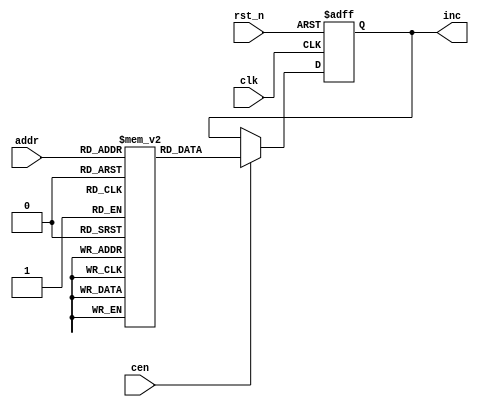
/* This file is part of JT12.

 
    JT12 program is free software: you can redistribute it and/or modify
    it under the terms of the GNU General Public License as published by
    the Free Software Foundation, either version 3 of the License, or
    (at your option) any later version.

    JT12 program is distributed in the hope that it will be useful,
    but WITHOUT ANY WARRANTY; without even the implied warranty of
    MERCHANTABILITY or FITNESS FOR A PARTICULAR PURPOSE.  See the
    GNU General Public License for more details.

    You should have received a copy of the GNU General Public License
    along with JT12.  If not, see <http://www.gnu.org/licenses/>.

    Author: Jose Tejada Gomez. Twitter: @topapate
    Version: 1.0
    Date: 21-03-2019
*/

//altera message_off 10030

// ADPCM-A uses a LUT because it is very sensitive to rounding
// it looks like the original algorithm also used a table

module jt10_adpcma_lut(
    input              clk,        // CPU clock
    input              rst_n,
    input              cen,
    input      [8:0]   addr,       //  = {step,delta};
    output reg [11:0]  inc
);

reg [11:0] lut[0:391];

initial begin
lut[9'o00_0] = 12'o0002; lut[9'o00_1] = 12'o0006; lut[9'o00_2] = 12'o0012; lut[9'o00_3] = 12'o0016; 
lut[9'o00_4] = 12'o0022; lut[9'o00_5] = 12'o0026; lut[9'o00_6] = 12'o0032; lut[9'o00_7] = 12'o0036; 
lut[9'o01_0] = 12'o0002; lut[9'o01_1] = 12'o0006; lut[9'o01_2] = 12'o0012; lut[9'o01_3] = 12'o0016; 
lut[9'o01_4] = 12'o0023; lut[9'o01_5] = 12'o0027; lut[9'o01_6] = 12'o0033; lut[9'o01_7] = 12'o0037; 
lut[9'o02_0] = 12'o0002; lut[9'o02_1] = 12'o0007; lut[9'o02_2] = 12'o0013; lut[9'o02_3] = 12'o0020; 
lut[9'o02_4] = 12'o0025; lut[9'o02_5] = 12'o0032; lut[9'o02_6] = 12'o0036; lut[9'o02_7] = 12'o0043; 
lut[9'o03_0] = 12'o0002; lut[9'o03_1] = 12'o0007; lut[9'o03_2] = 12'o0015; lut[9'o03_3] = 12'o0022; 
lut[9'o03_4] = 12'o0027; lut[9'o03_5] = 12'o0034; lut[9'o03_6] = 12'o0042; lut[9'o03_7] = 12'o0047; 
lut[9'o04_0] = 12'o0002; lut[9'o04_1] = 12'o0010; lut[9'o04_2] = 12'o0016; lut[9'o04_3] = 12'o0024; 
lut[9'o04_4] = 12'o0031; lut[9'o04_5] = 12'o0037; lut[9'o04_6] = 12'o0045; lut[9'o04_7] = 12'o0053; 
lut[9'o05_0] = 12'o0003; lut[9'o05_1] = 12'o0011; lut[9'o05_2] = 12'o0017; lut[9'o05_3] = 12'o0025; 
lut[9'o05_4] = 12'o0034; lut[9'o05_5] = 12'o0042; lut[9'o05_6] = 12'o0050; lut[9'o05_7] = 12'o0056; 
lut[9'o06_0] = 12'o0003; lut[9'o06_1] = 12'o0012; lut[9'o06_2] = 12'o0021; lut[9'o06_3] = 12'o0030; 
lut[9'o06_4] = 12'o0037; lut[9'o06_5] = 12'o0046; lut[9'o06_6] = 12'o0055; lut[9'o06_7] = 12'o0064; 
lut[9'o07_0] = 12'o0003; lut[9'o07_1] = 12'o0013; lut[9'o07_2] = 12'o0023; lut[9'o07_3] = 12'o0033; 
lut[9'o07_4] = 12'o0042; lut[9'o07_5] = 12'o0052; lut[9'o07_6] = 12'o0062; lut[9'o07_7] = 12'o0072; 
lut[9'o10_0] = 12'o0004; lut[9'o10_1] = 12'o0014; lut[9'o10_2] = 12'o0025; lut[9'o10_3] = 12'o0035; 
lut[9'o10_4] = 12'o0046; lut[9'o10_5] = 12'o0056; lut[9'o10_6] = 12'o0067; lut[9'o10_7] = 12'o0077; 
lut[9'o11_0] = 12'o0004; lut[9'o11_1] = 12'o0015; lut[9'o11_2] = 12'o0027; lut[9'o11_3] = 12'o0040; 
lut[9'o11_4] = 12'o0051; lut[9'o11_5] = 12'o0062; lut[9'o11_6] = 12'o0074; lut[9'o11_7] = 12'o0105; 
lut[9'o12_0] = 12'o0005; lut[9'o12_1] = 12'o0017; lut[9'o12_2] = 12'o0031; lut[9'o12_3] = 12'o0043; 
lut[9'o12_4] = 12'o0056; lut[9'o12_5] = 12'o0070; lut[9'o12_6] = 12'o0102; lut[9'o12_7] = 12'o0114; 
lut[9'o13_0] = 12'o0005; lut[9'o13_1] = 12'o0020; lut[9'o13_2] = 12'o0034; lut[9'o13_3] = 12'o0047; 
lut[9'o13_4] = 12'o0062; lut[9'o13_5] = 12'o0075; lut[9'o13_6] = 12'o0111; lut[9'o13_7] = 12'o0124; 
lut[9'o14_0] = 12'o0006; lut[9'o14_1] = 12'o0022; lut[9'o14_2] = 12'o0037; lut[9'o14_3] = 12'o0053; 
lut[9'o14_4] = 12'o0070; lut[9'o14_5] = 12'o0104; lut[9'o14_6] = 12'o0121; lut[9'o14_7] = 12'o0135; 
lut[9'o15_0] = 12'o0006; lut[9'o15_1] = 12'o0024; lut[9'o15_2] = 12'o0042; lut[9'o15_3] = 12'o0060; 
lut[9'o15_4] = 12'o0075; lut[9'o15_5] = 12'o0113; lut[9'o15_6] = 12'o0131; lut[9'o15_7] = 12'o0147; 
lut[9'o16_0] = 12'o0007; lut[9'o16_1] = 12'o0026; lut[9'o16_2] = 12'o0045; lut[9'o16_3] = 12'o0064; 
lut[9'o16_4] = 12'o0103; lut[9'o16_5] = 12'o0122; lut[9'o16_6] = 12'o0141; lut[9'o16_7] = 12'o0160; 
lut[9'o17_0] = 12'o0010; lut[9'o17_1] = 12'o0030; lut[9'o17_2] = 12'o0051; lut[9'o17_3] = 12'o0071; 
lut[9'o17_4] = 12'o0112; lut[9'o17_5] = 12'o0132; lut[9'o17_6] = 12'o0153; lut[9'o17_7] = 12'o0173; 
lut[9'o20_0] = 12'o0011; lut[9'o20_1] = 12'o0033; lut[9'o20_2] = 12'o0055; lut[9'o20_3] = 12'o0077; 
lut[9'o20_4] = 12'o0122; lut[9'o20_5] = 12'o0144; lut[9'o20_6] = 12'o0166; lut[9'o20_7] = 12'o0210; 
lut[9'o21_0] = 12'o0012; lut[9'o21_1] = 12'o0036; lut[9'o21_2] = 12'o0062; lut[9'o21_3] = 12'o0106; 
lut[9'o21_4] = 12'o0132; lut[9'o21_5] = 12'o0156; lut[9'o21_6] = 12'o0202; lut[9'o21_7] = 12'o0226; 
lut[9'o22_0] = 12'o0013; lut[9'o22_1] = 12'o0041; lut[9'o22_2] = 12'o0067; lut[9'o22_3] = 12'o0115; 
lut[9'o22_4] = 12'o0143; lut[9'o22_5] = 12'o0171; lut[9'o22_6] = 12'o0217; lut[9'o22_7] = 12'o0245; 
lut[9'o23_0] = 12'o0014; lut[9'o23_1] = 12'o0044; lut[9'o23_2] = 12'o0074; lut[9'o23_3] = 12'o0124; 
lut[9'o23_4] = 12'o0155; lut[9'o23_5] = 12'o0205; lut[9'o23_6] = 12'o0235; lut[9'o23_7] = 12'o0265; 
lut[9'o24_0] = 12'o0015; lut[9'o24_1] = 12'o0050; lut[9'o24_2] = 12'o0102; lut[9'o24_3] = 12'o0135; 
lut[9'o24_4] = 12'o0170; lut[9'o24_5] = 12'o0223; lut[9'o24_6] = 12'o0255; lut[9'o24_7] = 12'o0310; 
lut[9'o25_0] = 12'o0016; lut[9'o25_1] = 12'o0054; lut[9'o25_2] = 12'o0111; lut[9'o25_3] = 12'o0147; 
lut[9'o25_4] = 12'o0204; lut[9'o25_5] = 12'o0242; lut[9'o25_6] = 12'o0277; lut[9'o25_7] = 12'o0335; 
lut[9'o26_0] = 12'o0020; lut[9'o26_1] = 12'o0060; lut[9'o26_2] = 12'o0121; lut[9'o26_3] = 12'o0161; 
lut[9'o26_4] = 12'o0222; lut[9'o26_5] = 12'o0262; lut[9'o26_6] = 12'o0323; lut[9'o26_7] = 12'o0363; 
lut[9'o27_0] = 12'o0021; lut[9'o27_1] = 12'o0065; lut[9'o27_2] = 12'o0131; lut[9'o27_3] = 12'o0175; 
lut[9'o27_4] = 12'o0240; lut[9'o27_5] = 12'o0304; lut[9'o27_6] = 12'o0350; lut[9'o27_7] = 12'o0414; 
lut[9'o30_0] = 12'o0023; lut[9'o30_1] = 12'o0072; lut[9'o30_2] = 12'o0142; lut[9'o30_3] = 12'o0211; 
lut[9'o30_4] = 12'o0260; lut[9'o30_5] = 12'o0327; lut[9'o30_6] = 12'o0377; lut[9'o30_7] = 12'o0446; 
lut[9'o31_0] = 12'o0025; lut[9'o31_1] = 12'o0100; lut[9'o31_2] = 12'o0154; lut[9'o31_3] = 12'o0227; 
lut[9'o31_4] = 12'o0302; lut[9'o31_5] = 12'o0355; lut[9'o31_6] = 12'o0431; lut[9'o31_7] = 12'o0504; 
lut[9'o32_0] = 12'o0027; lut[9'o32_1] = 12'o0107; lut[9'o32_2] = 12'o0166; lut[9'o32_3] = 12'o0246; 
lut[9'o32_4] = 12'o0325; lut[9'o32_5] = 12'o0405; lut[9'o32_6] = 12'o0464; lut[9'o32_7] = 12'o0544; 
lut[9'o33_0] = 12'o0032; lut[9'o33_1] = 12'o0116; lut[9'o33_2] = 12'o0202; lut[9'o33_3] = 12'o0266; 
lut[9'o33_4] = 12'o0353; lut[9'o33_5] = 12'o0437; lut[9'o33_6] = 12'o0523; lut[9'o33_7] = 12'o0607; 
lut[9'o34_0] = 12'o0034; lut[9'o34_1] = 12'o0126; lut[9'o34_2] = 12'o0217; lut[9'o34_3] = 12'o0311; 
lut[9'o34_4] = 12'o0402; lut[9'o34_5] = 12'o0474; lut[9'o34_6] = 12'o0565; lut[9'o34_7] = 12'o0657; 
lut[9'o35_0] = 12'o0037; lut[9'o35_1] = 12'o0136; lut[9'o35_2] = 12'o0236; lut[9'o35_3] = 12'o0335; 
lut[9'o35_4] = 12'o0434; lut[9'o35_5] = 12'o0533; lut[9'o35_6] = 12'o0633; lut[9'o35_7] = 12'o0732; 
lut[9'o36_0] = 12'o0042; lut[9'o36_1] = 12'o0150; lut[9'o36_2] = 12'o0256; lut[9'o36_3] = 12'o0364; 
lut[9'o36_4] = 12'o0471; lut[9'o36_5] = 12'o0577; lut[9'o36_6] = 12'o0705; lut[9'o36_7] = 12'o1013; 
lut[9'o37_0] = 12'o0046; lut[9'o37_1] = 12'o0163; lut[9'o37_2] = 12'o0277; lut[9'o37_3] = 12'o0414; 
lut[9'o37_4] = 12'o0531; lut[9'o37_5] = 12'o0646; lut[9'o37_6] = 12'o0762; lut[9'o37_7] = 12'o1077; 
lut[9'o40_0] = 12'o0052; lut[9'o40_1] = 12'o0176; lut[9'o40_2] = 12'o0322; lut[9'o40_3] = 12'o0446; 
lut[9'o40_4] = 12'o0573; lut[9'o40_5] = 12'o0717; lut[9'o40_6] = 12'o1043; lut[9'o40_7] = 12'o1167; 
lut[9'o41_0] = 12'o0056; lut[9'o41_1] = 12'o0213; lut[9'o41_2] = 12'o0347; lut[9'o41_3] = 12'o0504; 
lut[9'o41_4] = 12'o0641; lut[9'o41_5] = 12'o0776; lut[9'o41_6] = 12'o1132; lut[9'o41_7] = 12'o1267; 
lut[9'o42_0] = 12'o0063; lut[9'o42_1] = 12'o0231; lut[9'o42_2] = 12'o0377; lut[9'o42_3] = 12'o0545; 
lut[9'o42_4] = 12'o0713; lut[9'o42_5] = 12'o1061; lut[9'o42_6] = 12'o1227; lut[9'o42_7] = 12'o1375; 
lut[9'o43_0] = 12'o0070; lut[9'o43_1] = 12'o0250; lut[9'o43_2] = 12'o0430; lut[9'o43_3] = 12'o0610; 
lut[9'o43_4] = 12'o0771; lut[9'o43_5] = 12'o1151; lut[9'o43_6] = 12'o1331; lut[9'o43_7] = 12'o1511; 
lut[9'o44_0] = 12'o0075; lut[9'o44_1] = 12'o0271; lut[9'o44_2] = 12'o0464; lut[9'o44_3] = 12'o0660; 
lut[9'o44_4] = 12'o1053; lut[9'o44_5] = 12'o1247; lut[9'o44_6] = 12'o1442; lut[9'o44_7] = 12'o1636; 
lut[9'o45_0] = 12'o0104; lut[9'o45_1] = 12'o0314; lut[9'o45_2] = 12'o0524; lut[9'o45_3] = 12'o0734; 
lut[9'o45_4] = 12'o1144; lut[9'o45_5] = 12'o1354; lut[9'o45_6] = 12'o1564; lut[9'o45_7] = 12'o1774; 
lut[9'o46_0] = 12'o0112; lut[9'o46_1] = 12'o0340; lut[9'o46_2] = 12'o0565; lut[9'o46_3] = 12'o1013; 
lut[9'o46_4] = 12'o1240; lut[9'o46_5] = 12'o1466; lut[9'o46_6] = 12'o1713; lut[9'o46_7] = 12'o2141; 
lut[9'o47_0] = 12'o0122; lut[9'o47_1] = 12'o0366; lut[9'o47_2] = 12'o0633; lut[9'o47_3] = 12'o1077; 
lut[9'o47_4] = 12'o1344; lut[9'o47_5] = 12'o1610; lut[9'o47_6] = 12'o2055; lut[9'o47_7] = 12'o2321; 
lut[9'o50_0] = 12'o0132; lut[9'o50_1] = 12'o0417; lut[9'o50_2] = 12'o0704; lut[9'o50_3] = 12'o1171; 
lut[9'o50_4] = 12'o1456; lut[9'o50_5] = 12'o1743; lut[9'o50_6] = 12'o2230; lut[9'o50_7] = 12'o2515; 
lut[9'o51_0] = 12'o0143; lut[9'o51_1] = 12'o0452; lut[9'o51_2] = 12'o0761; lut[9'o51_3] = 12'o1270; 
lut[9'o51_4] = 12'o1577; lut[9'o51_5] = 12'o2106; lut[9'o51_6] = 12'o2415; lut[9'o51_7] = 12'o2724; 
lut[9'o52_0] = 12'o0155; lut[9'o52_1] = 12'o0510; lut[9'o52_2] = 12'o1043; lut[9'o52_3] = 12'o1376; 
lut[9'o52_4] = 12'o1731; lut[9'o52_5] = 12'o2264; lut[9'o52_6] = 12'o2617; lut[9'o52_7] = 12'o3152; 
lut[9'o53_0] = 12'o0170; lut[9'o53_1] = 12'o0551; lut[9'o53_2] = 12'o1131; lut[9'o53_3] = 12'o1512; 
lut[9'o53_4] = 12'o2073; lut[9'o53_5] = 12'o2454; lut[9'o53_6] = 12'o3034; lut[9'o53_7] = 12'o3415; 
lut[9'o54_0] = 12'o0204; lut[9'o54_1] = 12'o0615; lut[9'o54_2] = 12'o1226; lut[9'o54_3] = 12'o1637; 
lut[9'o54_4] = 12'o2250; lut[9'o54_5] = 12'o2661; lut[9'o54_6] = 12'o3272; lut[9'o54_7] = 12'o3703; 
lut[9'o55_0] = 12'o0221; lut[9'o55_1] = 12'o0665; lut[9'o55_2] = 12'o1330; lut[9'o55_3] = 12'o1774;// Not sure if these should clip at 11 bits or not
lut[9'o55_4] = 12'o2437; lut[9'o55_5] = 12'o3103; lut[9'o55_6] = 12'o3546; lut[9'o55_7] = 12'o4212;//12'o3777; 
lut[9'o56_0] = 12'o0240; lut[9'o56_1] = 12'o0740; lut[9'o56_2] = 12'o1441; lut[9'o56_3] = 12'o2141; 
lut[9'o56_4] = 12'o2642; lut[9'o56_5] = 12'o3342; lut[9'o56_6] = 12'o4043; lut[9'o56_7] = 12'o4543;//12'o3777; lut[9'o56_7] = 12'o3777; 
lut[9'o57_0] = 12'o0260; lut[9'o57_1] = 12'o1021; lut[9'o57_2] = 12'o1561; lut[9'o57_3] = 12'o2322; 
lut[9'o57_4] = 12'o3063; lut[9'o57_5] = 12'o3624; lut[9'o57_6] = 12'o4364; lut[9'o57_7] = 12'o5125;//12'o3777; lut[9'o57_7] = 12'o3777;  
lut[9'o60_0] = 12'o0302; lut[9'o60_1] = 12'o1106; lut[9'o60_2] = 12'o1712; lut[9'o60_3] = 12'o2516; 
lut[9'o60_4] = 12'o3322; lut[9'o60_5] = 12'o4126; lut[9'o60_6] = 12'o4732; lut[9'o60_7] = 12'o5536;//12'o3777; lut[9'o60_6] = 12'o3777; lut[9'o60_7] = 12'o3777; 
end

always @(posedge clk or negedge rst_n) 
    if(!rst_n)
        inc <= 'd0;
    else if(cen)
        inc <= lut[addr];

endmodule // jt10_adpcma_lut